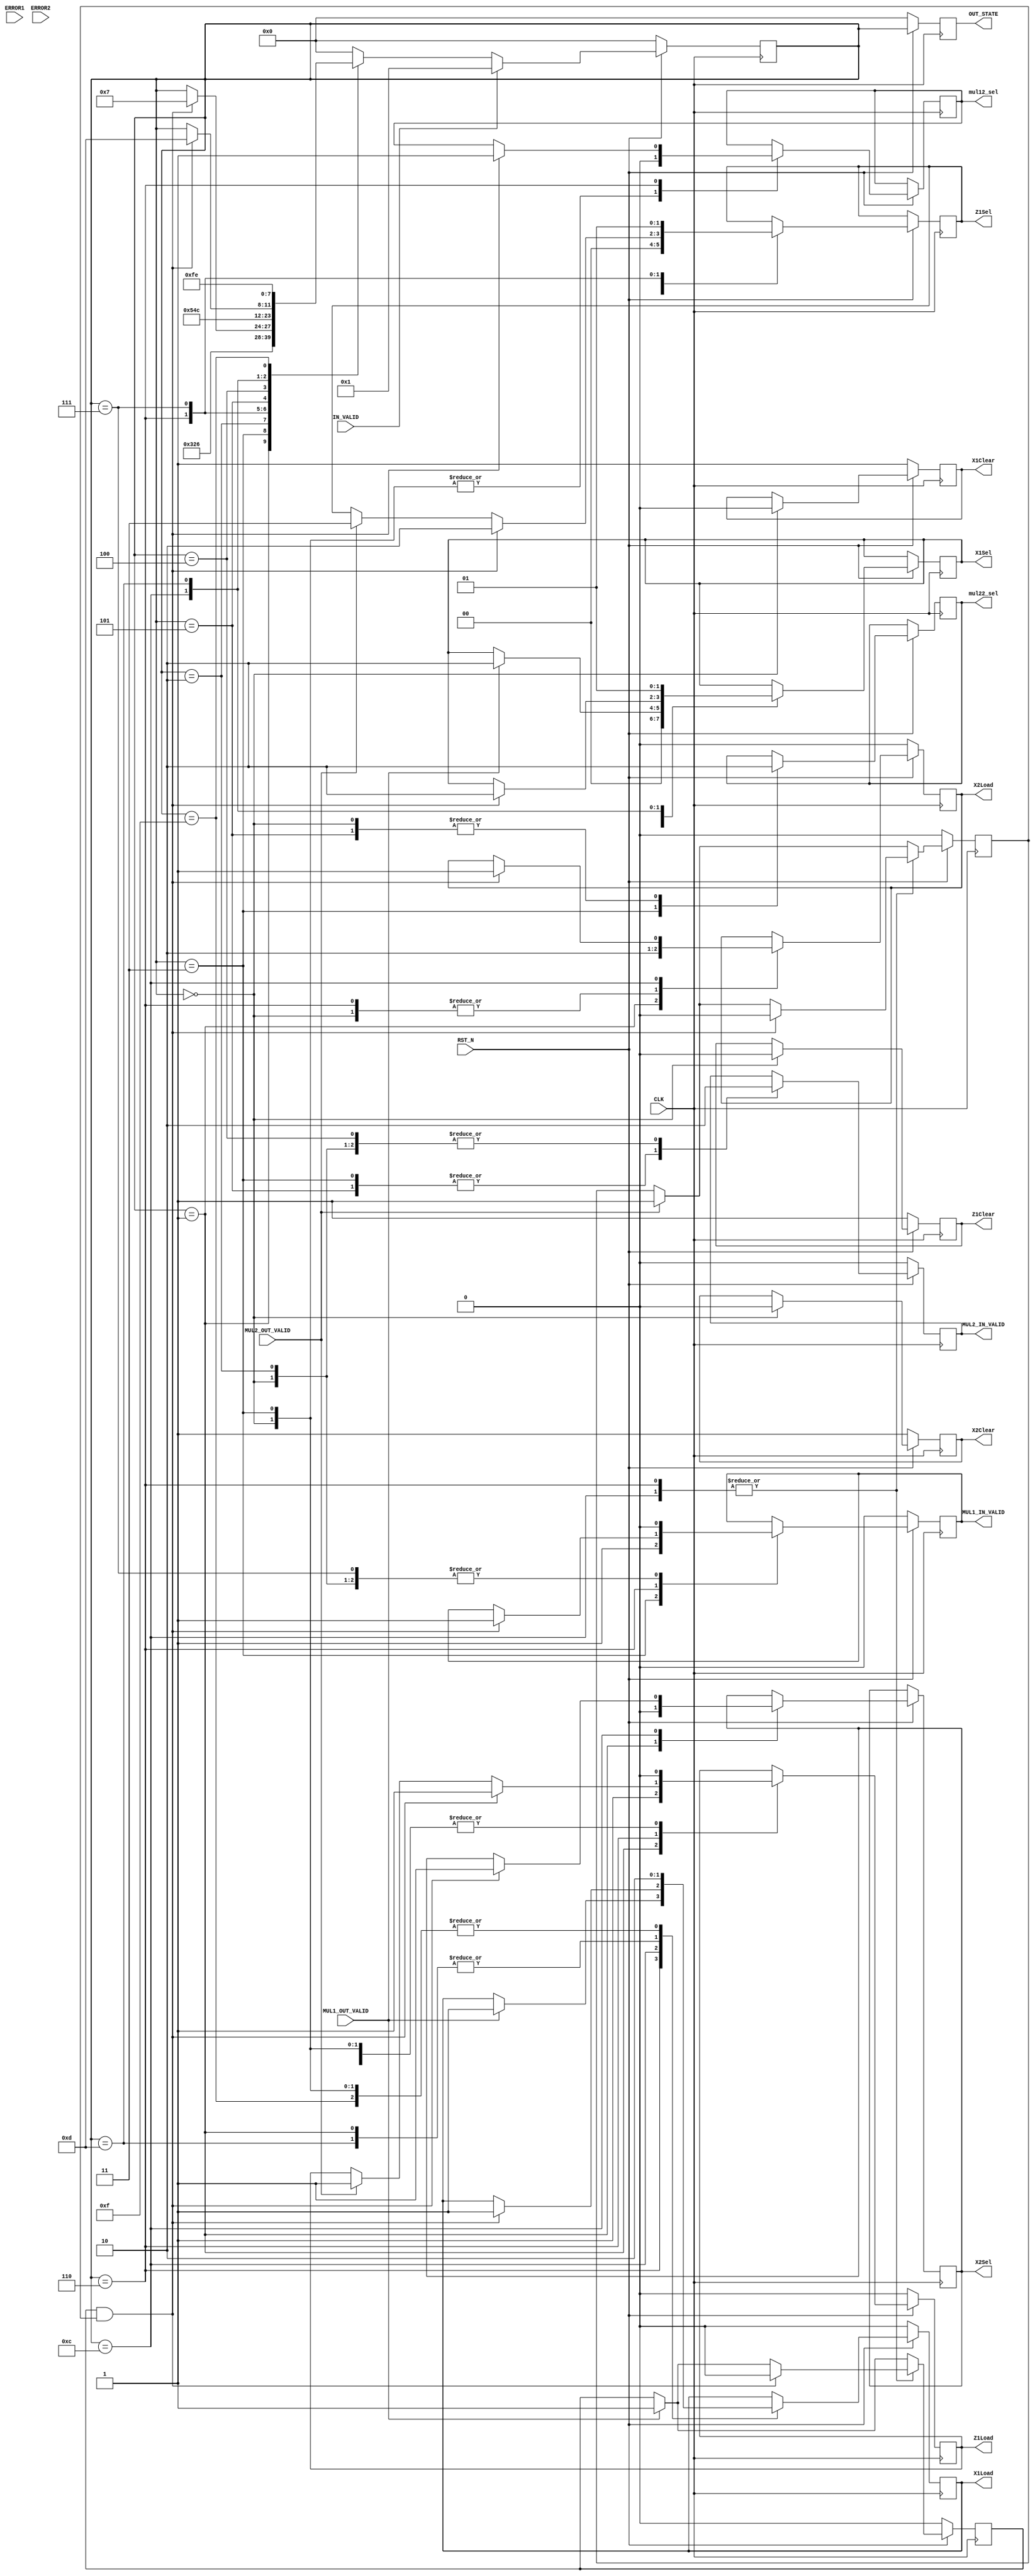
`timescale 1ns / 1ps 
//////////////////////////////////////////////////////////////////////////////////
// Company:
// Engineer:
//
// Design Name:
// Module Name:    P_ADD_fsm
// Project Name:
// Target Devices:
// Tool versions:
// Description:
//
// Dependencies:
//
// Revision:
// Revision 0.01 - File Created
// Additional Comments:
//
//////////////////////////////////////////////////////////////////////////////////
module P_ADD_fsm(
           CLK,
           RST_N,
           ERROR1,
           ERROR2,
           MUL1_OUT_VALID,
           MUL2_OUT_VALID,
           IN_VALID,
           mul12_sel,
           mul22_sel,
           X1Clear,
           X1Load,
           Z1Clear,
           Z1Load,
           X2Clear,
           X2Load,
           X1Sel,
           Z1Sel,
           X2Sel,
           MUL1_IN_VALID,
           MUL2_IN_VALID,
           OUT_STATE
       );


input CLK;
input RST_N;
input ERROR1, ERROR2;
input IN_VALID;
input MUL1_OUT_VALID;
input MUL2_OUT_VALID;

output reg mul12_sel;
output reg mul22_sel;

output reg X1Clear;
output reg X1Load;
output reg Z1Clear;
output reg Z1Load;
output reg X2Clear;
output reg X2Load;

output reg [1: 0] X1Sel;
output reg [1: 0] Z1Sel;
output reg X2Sel;

output reg MUL1_IN_VALID;
output reg MUL2_IN_VALID;


output reg [3: 0] OUT_STATE;
reg [3: 0] state;

reg mul1_out_valid_tmp;
reg mul2_out_valid_tmp;

parameter
    IDLE = 4'b0000,
    INIT = 4'b0001,
    START = 4'b0011,
    S1 = 4'b0010,
    S2 = 4'b0110,
    S3 = 4'b0111,
    S4 = 4'b0101,
    S5 = 4'b0100,
    S6 = 4'b1100,
    S7 = 4'b1101,
    S8 = 4'b1111,
    OUTPUT = 4'b1110;

always @(posedge CLK) begin
    if (!RST_N) begin
        mul1_out_valid_tmp <= 0;
        mul2_out_valid_tmp <= 0;

        MUL1_IN_VALID <= 0;
        MUL2_IN_VALID <= 0;

        X1Clear <= 1;
        Z1Clear <= 1;
        X2Clear <= 1;

        X1Load <= 0;
        Z1Load <= 0;
        X2Load <= 0;

        state <= IDLE;
        OUT_STATE <= IDLE;
    end
    else begin
        OUT_STATE <= state;
        if (MUL1_OUT_VALID == 1) begin
            mul1_out_valid_tmp <= 1;
        end
        if (MUL2_OUT_VALID == 1) begin
            mul2_out_valid_tmp <= 1;
        end

        case (state)
            IDLE: begin
                X1Clear <= 0;
                X1Load <= 0;

                Z1Clear <= 0;
                Z1Load <= 0;

                X2Clear <= 0;
                X2Load <= 0;

                mul12_sel <= 0;
                mul22_sel <= 0;

                MUL1_IN_VALID <= 0;
                MUL2_IN_VALID <= 0;

                if (IN_VALID) begin
                    state <= INIT;
                end
                else begin
                    state <= IDLE;
                end
            end
            INIT: begin
                X1Load <= 1;
                X1Sel <= 0;

                Z1Load <= 1;
                Z1Sel <= 0;

                X2Load <= 1;
                X2Sel <= 0;

                if (!IN_VALID) begin
                    state <= START;
                end
            end
            START: begin
                X1Load <= 0;
                Z1Load <= 0;

                //
                mul12_sel <= 0;
                mul22_sel <= 1;

                MUL1_IN_VALID <= 1;
                MUL2_IN_VALID <= 1;

                state <= S1;
            end
            S1: begin
                MUL1_IN_VALID <= 0;
                MUL2_IN_VALID <= 0;
                state <= S2;
            end

            S2: begin
                X2Load <= 0;
                //X1=X1*Z2 finished!
                if (MUL1_OUT_VALID == 1) begin
                    X1Sel <= 2'b10;
                    X1Load <= 1;
                end
                //Z1=Z1*X2 finished!
                if (MUL2_OUT_VALID == 1) begin
                    Z1Sel <= 2'b11;
                    Z1Load <= 1;
                end
                if (mul1_out_valid_tmp == 1 && mul2_out_valid_tmp == 1) begin

                    state <= S3;
                    mul1_out_valid_tmp <= 0;
                    mul2_out_valid_tmp <= 0;

                    //X2=X1*Z1
                    MUL1_IN_VALID <= 1;
                    mul12_sel <= 1;

                    Z1Load <= 1; //Z1=X1+Z1;
                    Z1Sel <= 2'b10;
                end
            end
            S3: begin
                MUL1_IN_VALID <= 0;
                //Z1=Z1^2
                Z1Sel <= 2'b01;
                state <= S4;
            end
            S4: begin
                Z1Load <= 0;
                //Z1
                MUL2_IN_VALID <= 1;
                mul22_sel <= 0;

                state <= S5;
            end
            S5: begin
                //Z1
                MUL2_IN_VALID <= 0;
                state <= S6;
            end
            S6: begin

                if (mul1_out_valid_tmp == 1 && mul2_out_valid_tmp == 1) begin
                    state <= S7;
                    mul1_out_valid_tmp <= 0;
                    mul2_out_valid_tmp <= 0;

                    X2Load <= 1; //X2=x*Z1
                    X2Sel <= 1;

                    X1Load <= 1; //X1=X1*Z1
                    X1Sel <= 2'b10;
                end
            end
            S7: begin
                state <= S8;
                //X1=X1+X2
                X1Sel <= 2'b01;
                X1Load <= 1;
            end
            S8: begin
                X1Load <= 0;
                state <= OUTPUT;
            end
            OUTPUT: begin
                state <= IDLE;
            end
            default: begin
                state <= IDLE;
            end
        endcase

        // 2020-12-19
        if (IN_VALID==1) begin
            //$display("P_ADD state %d jump to INIT\n",state);
            state<=INIT;
        end
    end

end
endmodule